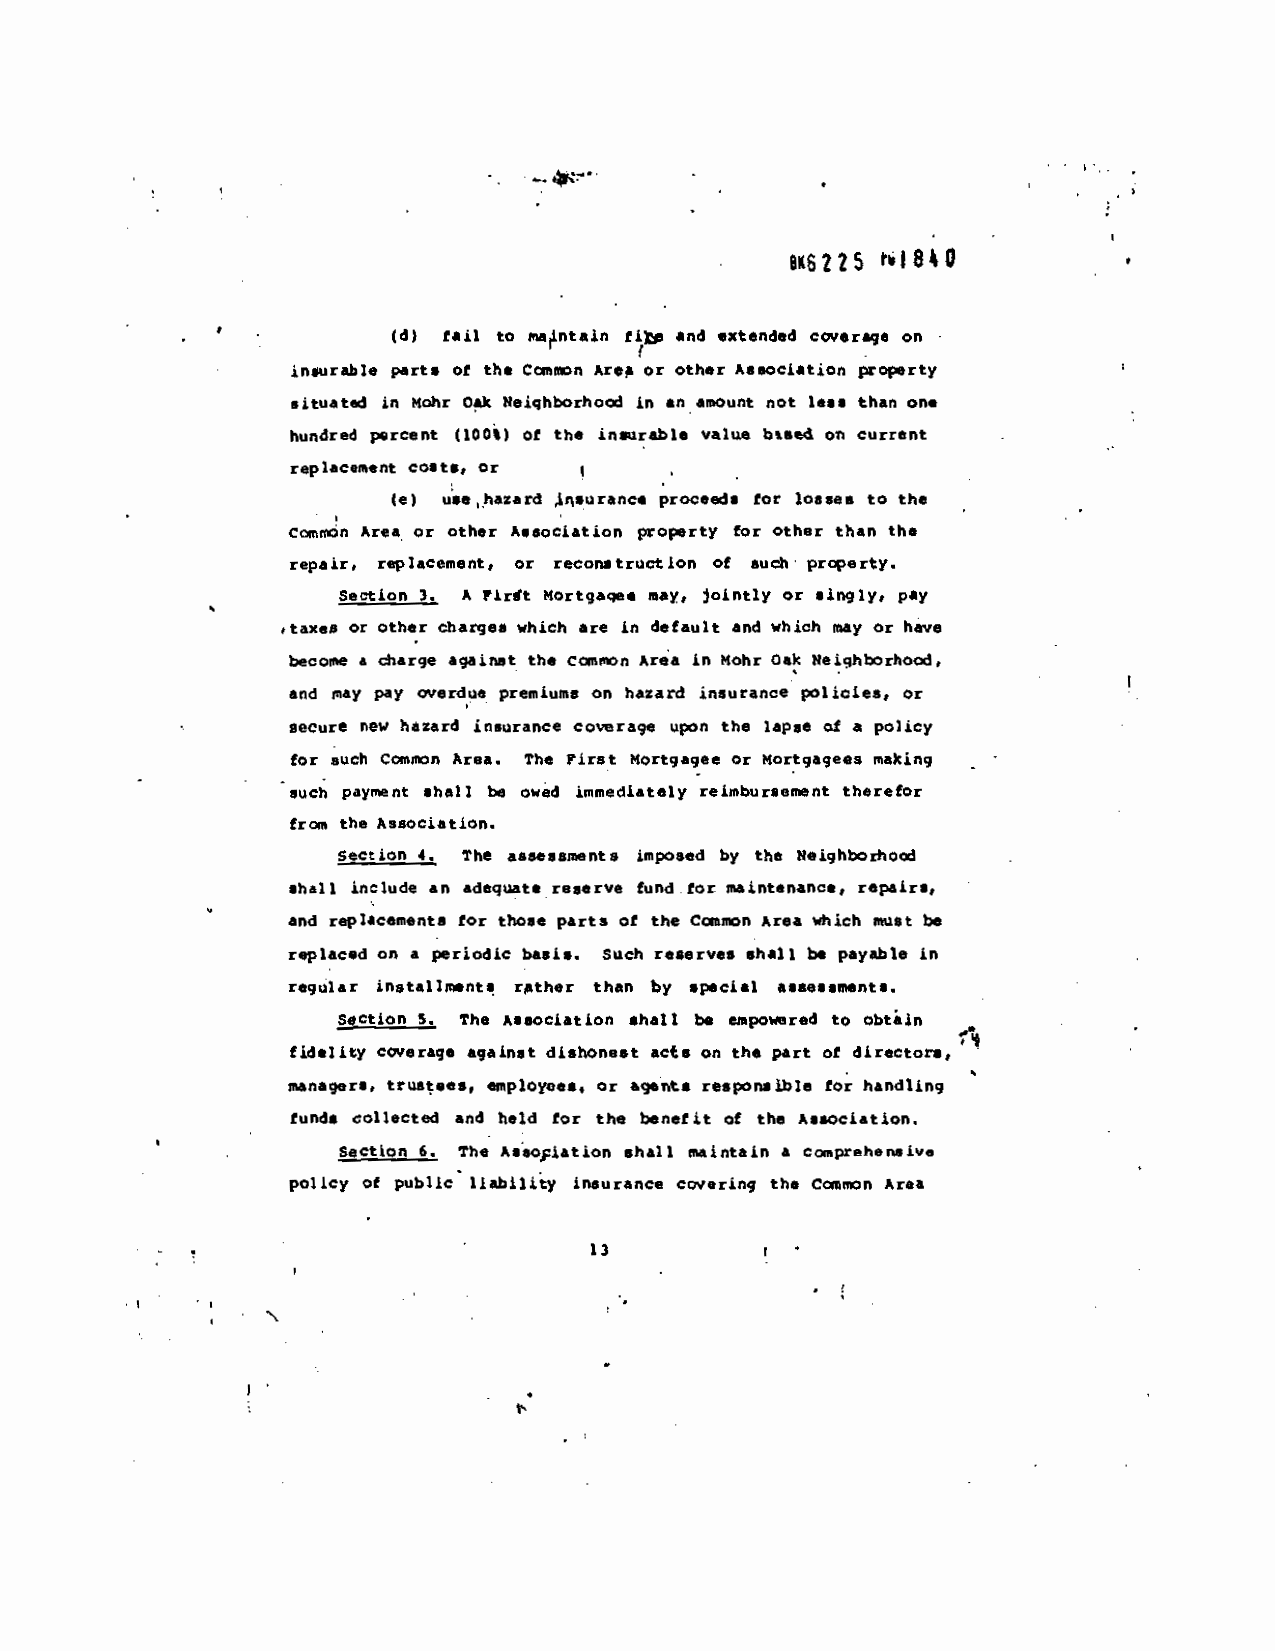
4 H
 OK6225 P.J$49
 (4) fail to ma1intajn I1 and
 extended coverage on -
 insurthle parts of the Ccnntn Ar
 or other Association property
 situated in Mohr
 Oak Neiqhborh00 in an amount not less than on.
 hundred percent (100%) of the insurabl,
 value btsed on current
 replacement costs, or
 Ce) aehaxard insurance proceed. for
 losses to the
 cc.nn Area or other Association
 property for other than the
 repair, replacement, or reconstru ion of
 such- property.
 Section 3. A Fiflt Nortgaqe.
 may, jointly Or singly, pay
 ,taxes or other charge. which are in default
 and which may or have
 become a tharge against the Common Area in flohr Oak Neiqhborho,
 and may pay overdue premiums on
 hazard insurance policies, Or
 secure new hazard insurance
 covurage upon the lapse of a policy
 for such Cc.njn Area. The First
 Mortgagee or Mortgagee5 making
 -
 such payment shall be owád
 iluimediataly reimbursement therefor
 from the Association
 Section 4
 The assessments imposed by the Neighborho
 shall include an adequate reserve fund for
 maintenance, repair.,
 and replacements for those parts of
 the Catjiion Area which must be
 replaced on a periodic basis.
 Such reserves shall be payable in
 regular installments
 rpthez than by special assessment,.
 Section S. The Association shall be
 eJ.polred to Obtain
 fidelity coverage against dishonest act.    —
 on th, part of director.,
 managen, trust.,., iployo,., or ag.nt.
 respon.thle for handling
 funds Collected and held for the
 benefit of the
 Association
 Section . The Asiosiation shall
 maintain a comprehensive
 policy of publicS liabi1iy insurance
 covering the Common Area
 13